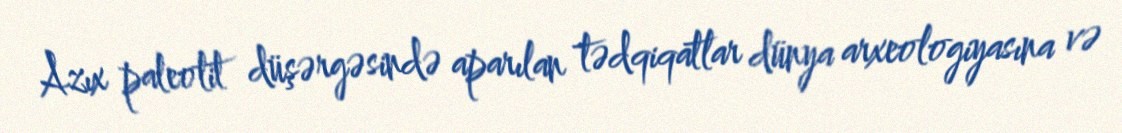
Azıx paleolit düşərgəsində aparılan tədqiqatlar dünya arxeologiyasına və